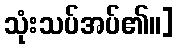
သုံးသပ်အပ်၏။]